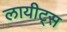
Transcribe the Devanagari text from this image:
लायीट्स